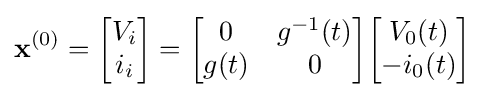
\mathbf {x} ^{(0)}={\begin{bmatrix}V_{i}\\i_{i}\\\end{bmatrix}}={\begin{bmatrix}0&g^{-1}(t)\\g(t)&0\\\end{bmatrix}}{\begin{bmatrix}V_{0}(t)\\-i_{0}(t)\\\end{bmatrix}}